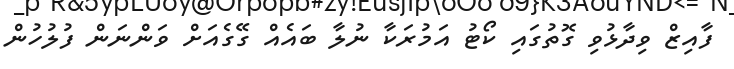
ފާއިޒް ވިދާޅުވި ގޮތުގައި ކޯޓު އަމުރަކާ ނުލާ ބައެއް ގޭގެއަށް ވަންނަން ފުލުހުން